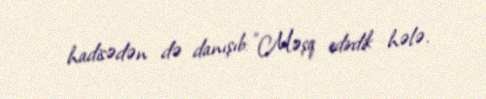
hadisədən də danışıb: "Məşq edirdik hələ.